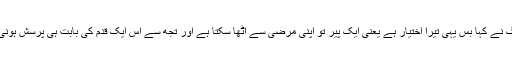
بزرگ نے کہا بس یہی تیرا اختیار ہے یعنی ایک پیر تو اپنی مرضی سے اُٹھا سکتا ہے اور تجھ سے اس ایک قدم کی بابت ہی پرسش ہونی ہے۔